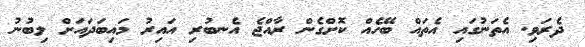
ދެރަވި. އެތަނުގައި އެތައް ބޭހެއް ކޮށްގެން ރާއްޖެ އެނބުރި އައިރު މައިބަދައަށް ލިބުނު